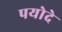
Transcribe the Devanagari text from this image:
पयोदे